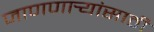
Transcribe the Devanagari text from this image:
जाणणार्‍यांसाठी